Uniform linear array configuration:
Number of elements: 4
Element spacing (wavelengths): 0.25
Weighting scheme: exponential
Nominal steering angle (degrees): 15
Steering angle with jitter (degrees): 13.083
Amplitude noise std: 0.05
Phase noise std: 0.05

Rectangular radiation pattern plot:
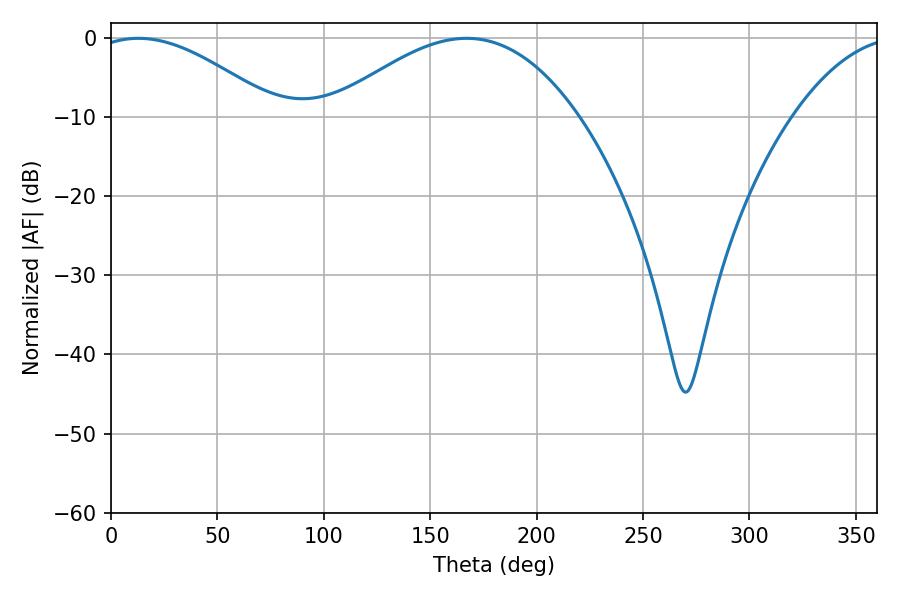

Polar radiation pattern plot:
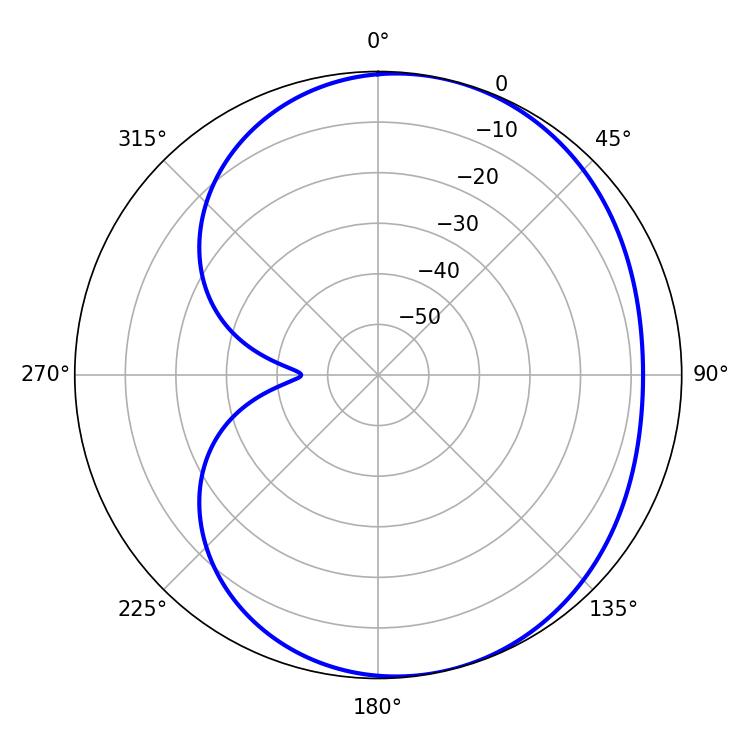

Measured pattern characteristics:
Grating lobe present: FALSE
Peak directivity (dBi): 4.666
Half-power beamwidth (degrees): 47.34
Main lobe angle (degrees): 12.96